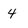
Character: 4